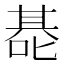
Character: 𰈑